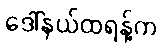
ဒေါ်နယ်ထရန့်က